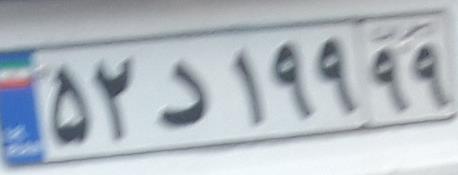
۵۲د۱۹۹۹۹